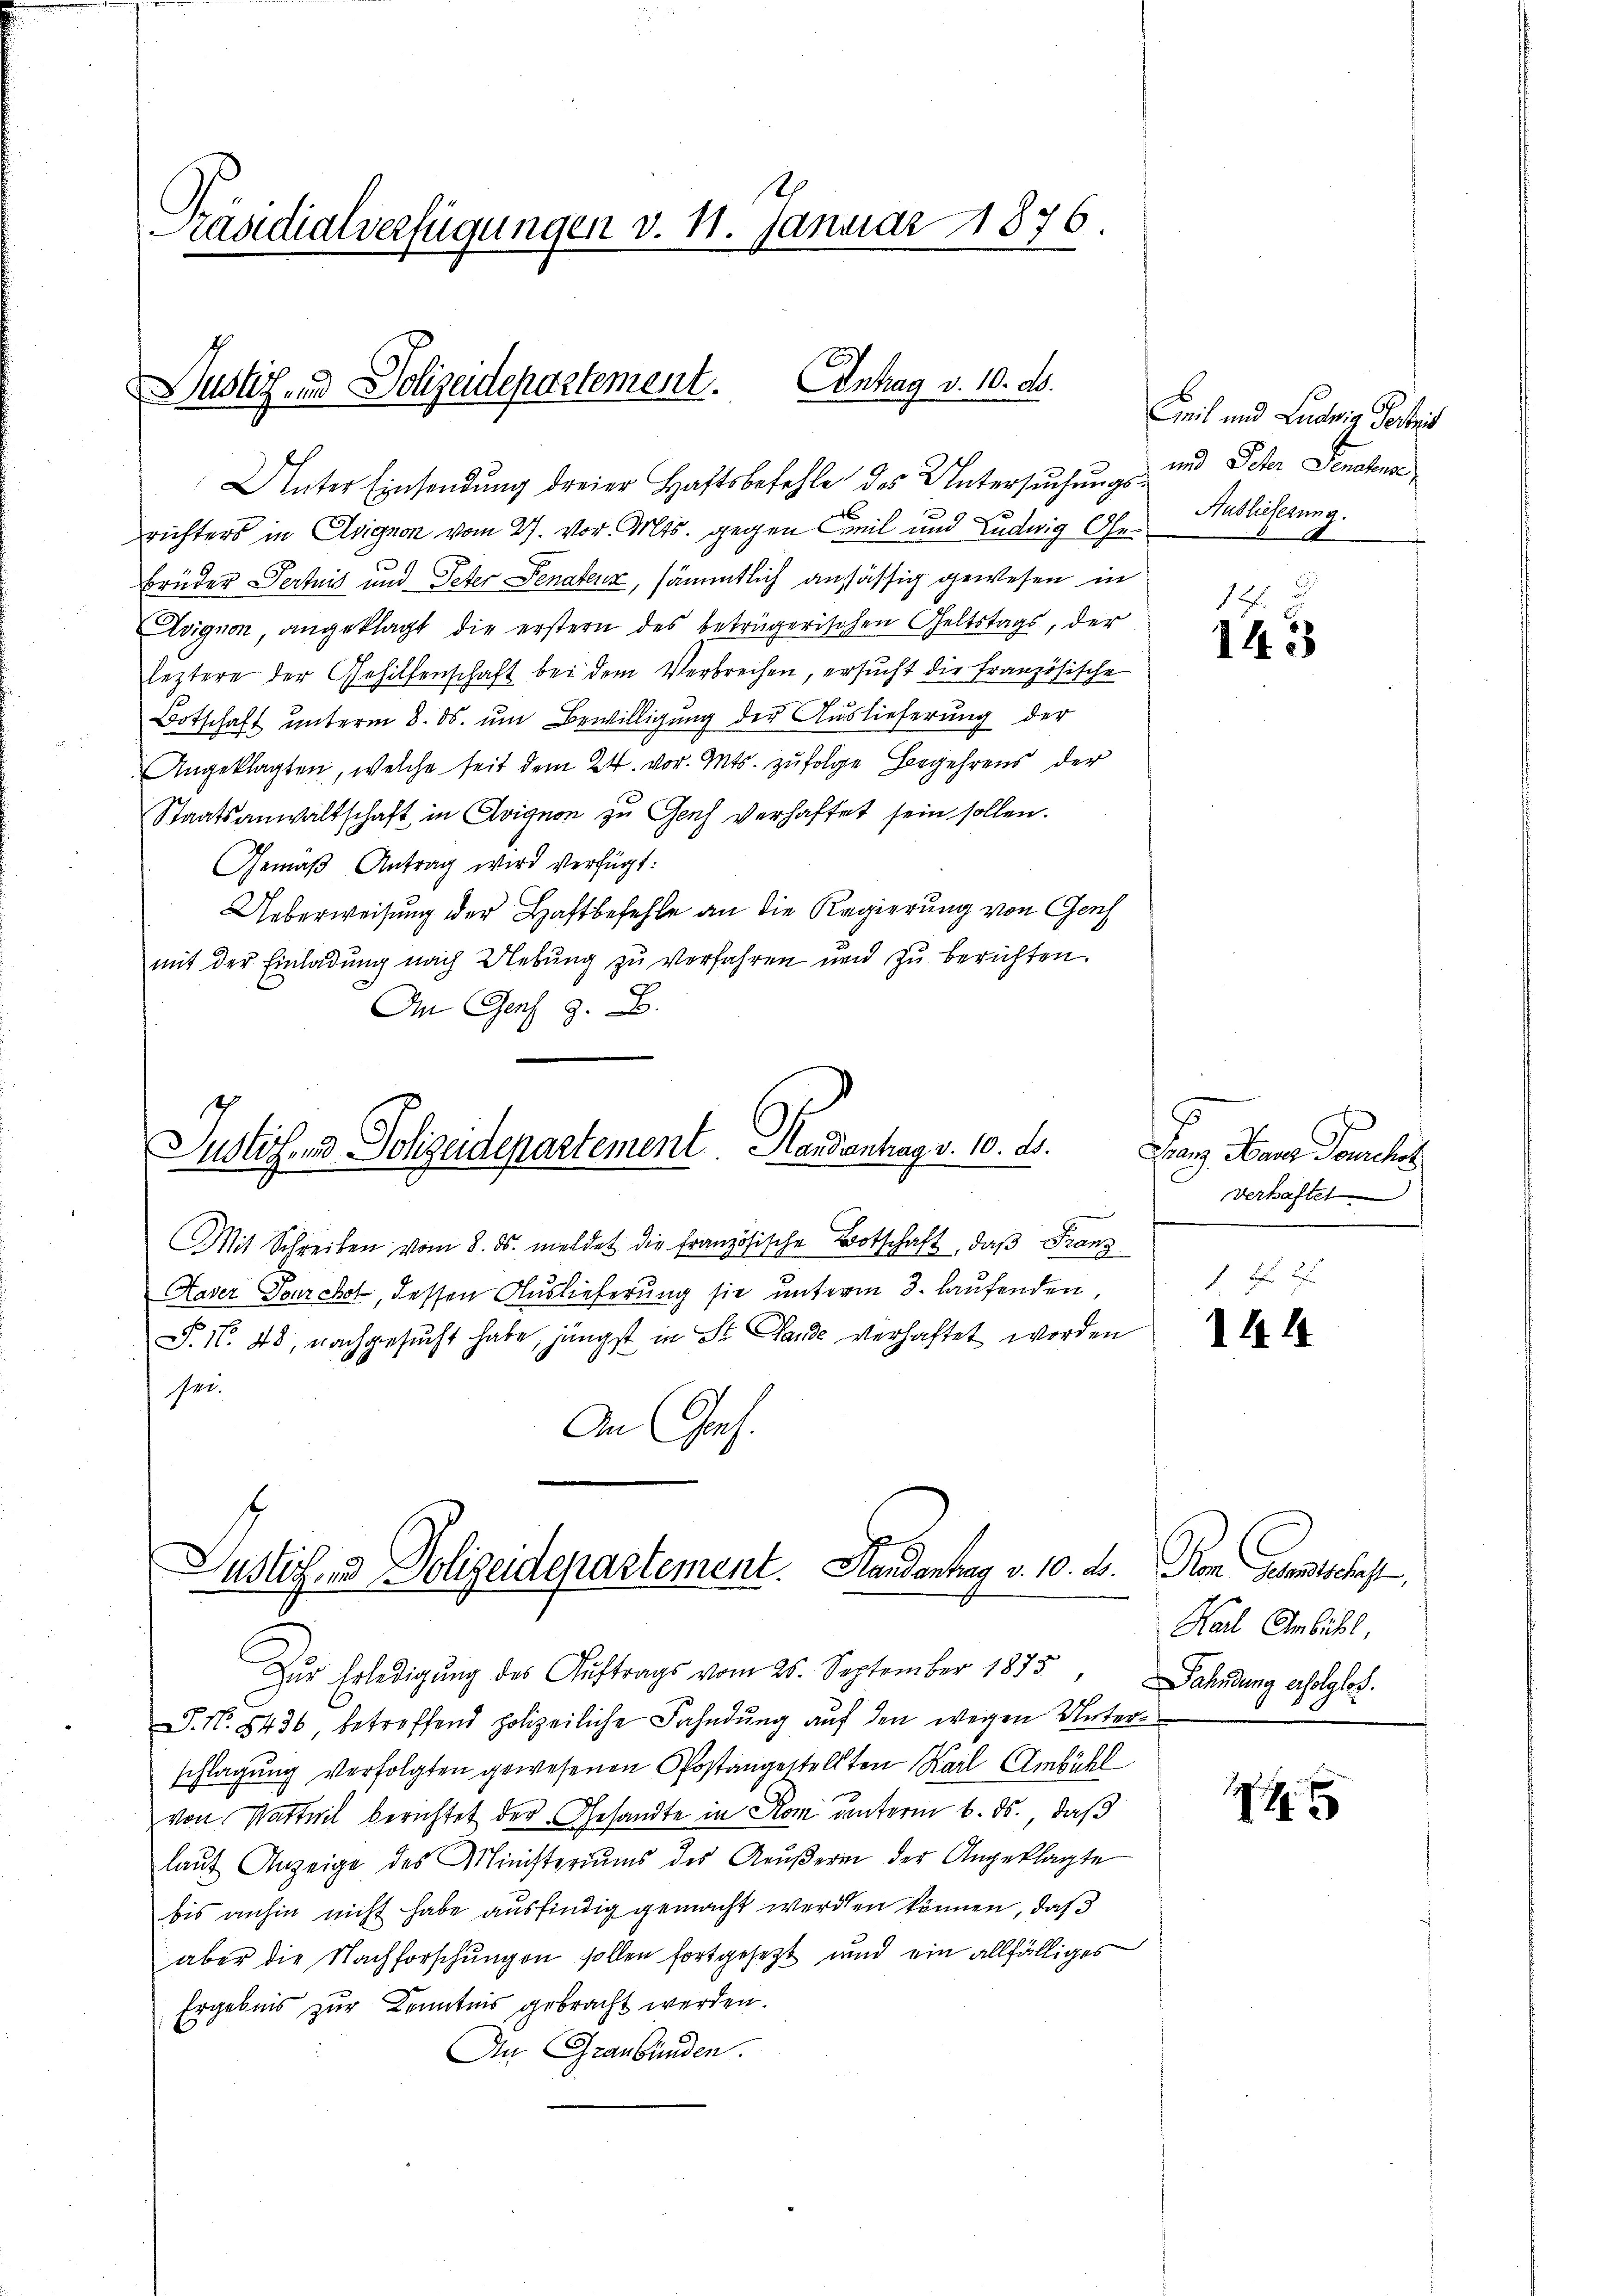
S
Präsidialverfügungen v. 11. Januar 1876.

Justiz- und Polizeidepartement. Antrag v. 10. ds.

Unter Einsendung dreier Haftsbefehle des Untersuchungsrichters in Asignon vom 27. vor. Mts. gegen mit und Ludwig Ge¬
Brüder Pertnis und Peter Senateur, sämmtlich ansässig gewesen in
Evignon, angeklagt die erstern des betrügerischen Geltstags, der
leztere der Gehilfenschaft bei dem Verbrechen, ersucht die Französische
Botschaft unterm 8. ds. ŭm Bewilligung der Auslieferung der
Angeklagten, welche seit dem 24. vor. Mts. zufolge Begehrens der
Staatsanwaltschaft in Avignon zu Genf verhaftet sein sollen.
Gemäß Antrag wird verfügt:
Ueberweisung der Haftbefehle an die Regierung von Genf
mit der Einladung nach Uebung zu verfahren und zu berichten.
An Genf z. B.

Justiz- und Polizeidepartement Hardentrag v. 10. ds.

Mit Schreiben vom 8. ds. meldet die französische Botschaft, daß Franz
Kader Deuchel, dessen Auslieferung sie unterm 3. laufenden
n
S. 11. 48, nachgesucht habe, jüngst in St. Garde verhaftet worden
sei.
An Ges.
Zur Erledigung des Auftrags vom 25. September 1875
P. Nr. 5436, betreffend polizeiliche Fahndung auf den wegen Unterschlagung verfolgten gewesenen Postangestellten Karl Ambühl
von Wattwil berichtet der Gesandte in Rom unterm 6. ds., daß
laut Anzeige des Ministeriums des Aeußern der Angeklagte
bis anhin nicht habe ausfindig gemacht werden können, daß
aber die Nachforschungen sollen fortgesezt und ein allfälliges
Ergebnis zur Kenntnis gebracht werden.
An Graubünden.

Justigend Polizeidepartement. Handantrag v. 10. ds. Rom Gesandtschaft

Ceil und Ludwig Gertrit
und Peter Senatense
Auslieferung.

16.
143

dem Kant
verhaftet
f 2

144

Karl Ambühl,
Dahndung erfolglos.

14 x